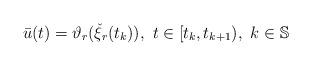
LaTeX: \begin{align*}&\bar{u}(t)=\vartheta_{r}(\check{\xi}_{r}(t_{k})),~ t\in[t_{k},t_{k+1}),~k\in\mathbb{S}\\\end{align*}